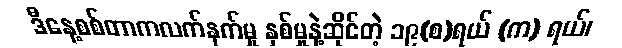
ဒီနေ့စစ်တာကလက်နက်မှု နှစ်မှုနဲ့ဆိုင်တဲ့ ၁၉(စ)ရယ် (က) ရယ်၊